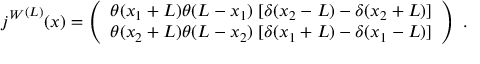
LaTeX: { j ^ { W } } ^ { ( L ) } ( x ) = \left( \begin{array} { l } { { \theta ( x _ { 1 } + L ) \theta ( L - x _ { 1 } ) \; [ \delta ( x _ { 2 } - L ) - \delta ( x _ { 2 } + L ) ] } } \\ { { \theta ( x _ { 2 } + L ) \theta ( L - x _ { 2 } ) \; [ \delta ( x _ { 1 } + L ) - \delta ( x _ { 1 } - L ) ] } } \end{array} \right) \; .